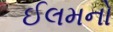
ઈલમનો